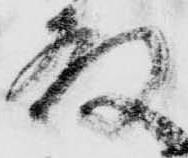
殿